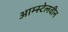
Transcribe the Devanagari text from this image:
आम्स्टेलवीन